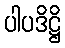
ပါပဒိဋ္ဌိ